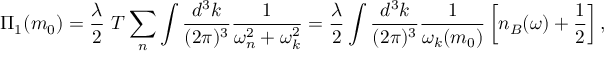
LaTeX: \Pi _ { 1 } ( m _ { 0 } ) = \frac { \lambda } { 2 } ~ T \sum _ { n } \int \frac { d ^ { 3 } k } { ( 2 \pi ) ^ { 3 } } \frac { 1 } { \omega _ { n } ^ { 2 } + \omega _ { k } ^ { 2 } } = \frac { \lambda } { 2 } \int \frac { d ^ { 3 } k } { ( 2 \pi ) ^ { 3 } } \frac { 1 } { \omega _ { k } ( m _ { 0 } ) } \left[ n _ { B } ( \omega ) + \frac { 1 } { 2 } \right] ,